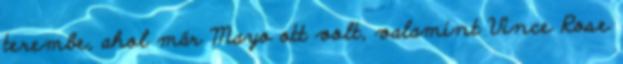
terembe, ahol már Mayo ott volt, valamint Vince Rose